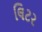
લિટર